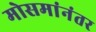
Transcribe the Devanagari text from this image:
मोसमांनंतर